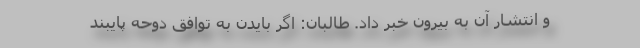
و انتشار آن به بیرون خبر داد. طالبان: اگر بایدن به توافق دوحه پایبند